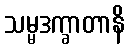
သမ္မဒက္ခာတာနိ